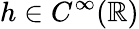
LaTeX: h\in C^{\infty}(\mathbb{R})